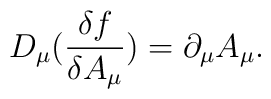
D_{\mu}(\frac{\delta f}{\delta A_{\mu}})=\partial_{\mu}A_{\mu}.